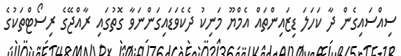
ސިއްސައިގެން ދާ ކަހަލަ ޑިޒައިންތައް އެމްޔޫ މަނިކު ދެކެވަޑައިގަންނަވާ ގޮތުގައި ރާއްޖޭގެ ރިސޯޓްތަކުގެ